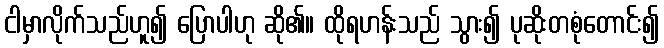
ငါမှာလိုက်သည်ဟူ၍ ပြောပါဟု ဆို၏။ ထိုရဟန်းသည် သွား၍ ပုဆိုးတစုံတောင်း၍